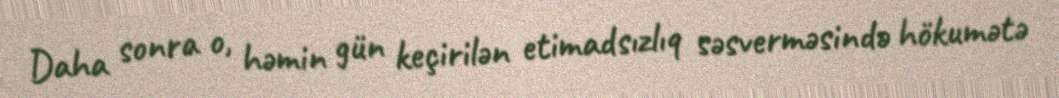
Daha sonra o, həmin gün keçirilən etimadsızlıq səsverməsində hökumətə